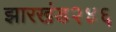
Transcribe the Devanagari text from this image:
झारखंड२४६